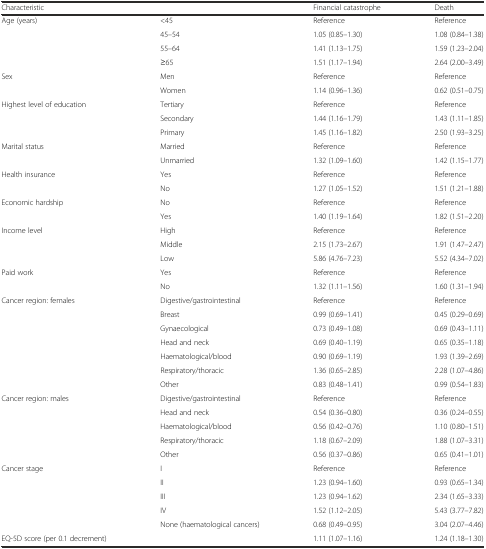
<table><thead><tr><td><b>Characteristic</b></td><td></td><td><b>Financial catastrophe</b></td><td><b>Death</b></td></tr></thead><tbody><tr><td>Age (years)</td><td>&lt;45</td><td>Reference</td><td>Reference</td></tr><tr><td></td><td>45–54</td><td>1.05 (0.85–1.30)</td><td>1.08 (0.84–1.38)</td></tr><tr><td></td><td>55–64</td><td>1.41 (1.13–1.75)</td><td>1.59 (1.23–2.04)</td></tr><tr><td></td><td>≥65</td><td>1.51 (1.17–1.94)</td><td>2.64 (2.00–3.49)</td></tr><tr><td>Sex</td><td>Men</td><td>Reference</td><td>Reference</td></tr><tr><td></td><td>Women</td><td>1.14 (0.96–1.36)</td><td>0.62 (0.51–0.75)</td></tr><tr><td>Highest level of education</td><td>Tertiary</td><td>Reference</td><td>Reference</td></tr><tr><td></td><td>Secondary</td><td>1.44 (1.16–1.79)</td><td>1.43 (1.11–1.85)</td></tr><tr><td></td><td>Primary</td><td>1.45 (1.16–1.82)</td><td>2.50 (1.93–3.25)</td></tr><tr><td>Marital status</td><td>Married</td><td>Reference</td><td>Reference</td></tr><tr><td></td><td>Unmarried</td><td>1.32 (1.09–1.60)</td><td>1.42 (1.15–1.77)</td></tr><tr><td>Health insurance</td><td>Yes</td><td>Reference</td><td>Reference</td></tr><tr><td></td><td>No</td><td>1.27 (1.05–1.52)</td><td>1.51 (1.21–1.88)</td></tr><tr><td>Economic hardship</td><td>No</td><td>Reference</td><td>Reference</td></tr><tr><td></td><td>Yes</td><td>1.40 (1.19–1.64)</td><td>1.82 (1.51–2.20)</td></tr><tr><td>Income level</td><td>High</td><td>Reference</td><td>Reference</td></tr><tr><td></td><td>Middle</td><td>2.15 (1.73–2.67)</td><td>1.91 (1.47–2.47)</td></tr><tr><td></td><td>Low</td><td>5.86 (4.76–7.23)</td><td>5.52 (4.34–7.02)</td></tr><tr><td>Paid work</td><td>Yes</td><td>Reference</td><td>Reference</td></tr><tr><td></td><td>No</td><td>1.32 (1.11–1.56)</td><td>1.60 (1.31–1.94)</td></tr><tr><td>Cancer region: females</td><td>Digestive/gastrointestinal</td><td>Reference</td><td>Reference</td></tr><tr><td></td><td>Breast</td><td>0.99 (0.69–1.41)</td><td>0.45 (0.29–0.69)</td></tr><tr><td></td><td>Gynaecological</td><td>0.73 (0.49–1.08)</td><td>0.69 (0.43–1.11)</td></tr><tr><td></td><td>Head and neck</td><td>0.69 (0.40–1.19)</td><td>0.65 (0.35–1.18)</td></tr><tr><td></td><td>Haematological/blood</td><td>0.90 (0.69–1.19)</td><td>1.93 (1.39–2.69)</td></tr><tr><td></td><td>Respiratory/thoracic</td><td>1.36 (0.65–2.85)</td><td>2.28 (1.07–4.86)</td></tr><tr><td></td><td>Other</td><td>0.83 (0.48–1.41)</td><td>0.99 (0.54–1.83)</td></tr><tr><td>Cancer region: males</td><td>Digestive/gastrointestinal</td><td>Reference</td><td>Reference</td></tr><tr><td></td><td>Head and neck</td><td>0.54 (0.36–0.80)</td><td>0.36 (0.24–0.55)</td></tr><tr><td></td><td>Haematological/blood</td><td>0.56 (0.42–0.76)</td><td>1.10 (0.80–1.51)</td></tr><tr><td></td><td>Respiratory/thoracic</td><td>1.18 (0.67–2.09)</td><td>1.88 (1.07–3.31)</td></tr><tr><td></td><td>Other</td><td>0.56 (0.37–0.86)</td><td>0.65 (0.41–1.01)</td></tr><tr><td>Cancer stage</td><td>I</td><td>Reference</td><td>Reference</td></tr><tr><td></td><td>II</td><td>1.23 (0.94–1.60)</td><td>0.93 (0.65–1.34)</td></tr><tr><td></td><td>III</td><td>1.23 (0.94–1.62)</td><td>2.34 (1.65–3.33)</td></tr><tr><td></td><td>IV</td><td>1.52 (1.12–2.05)</td><td>5.43 (3.77–7.82)</td></tr><tr><td></td><td>None (haematological cancers)</td><td>0.68 (0.49–0.95)</td><td>3.04 (2.07–4.46)</td></tr><tr><td>EQ-5D score (per 0.1 decrement)</td><td></td><td>1.11 (1.07–1.16)</td><td>1.24 (1.18–1.30)</td></tr></tbody></table>